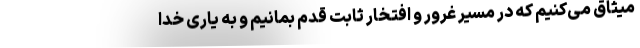
میثاق می‌کنیم که در مسیر غرور و افتخار ثابت قدم بمانیم و به یاری خدا